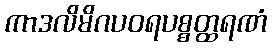
ကာဒလိမိဂပဝရပစ္စတ္ထရဏံ